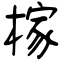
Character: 榢